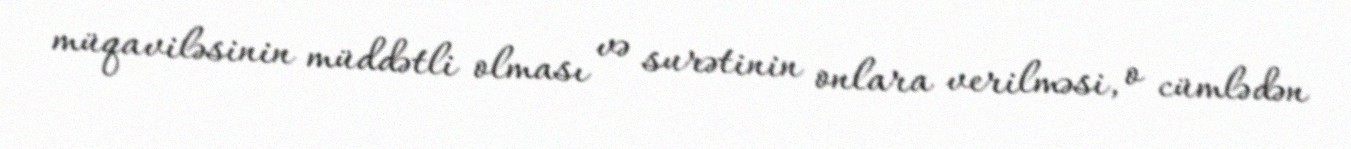
müqaviləsinin müddətli olması və surətinin onlara verilməsi, o cümlədən